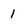
Character: 1